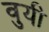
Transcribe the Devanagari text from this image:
वुयी